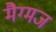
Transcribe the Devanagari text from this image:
मैग्मज